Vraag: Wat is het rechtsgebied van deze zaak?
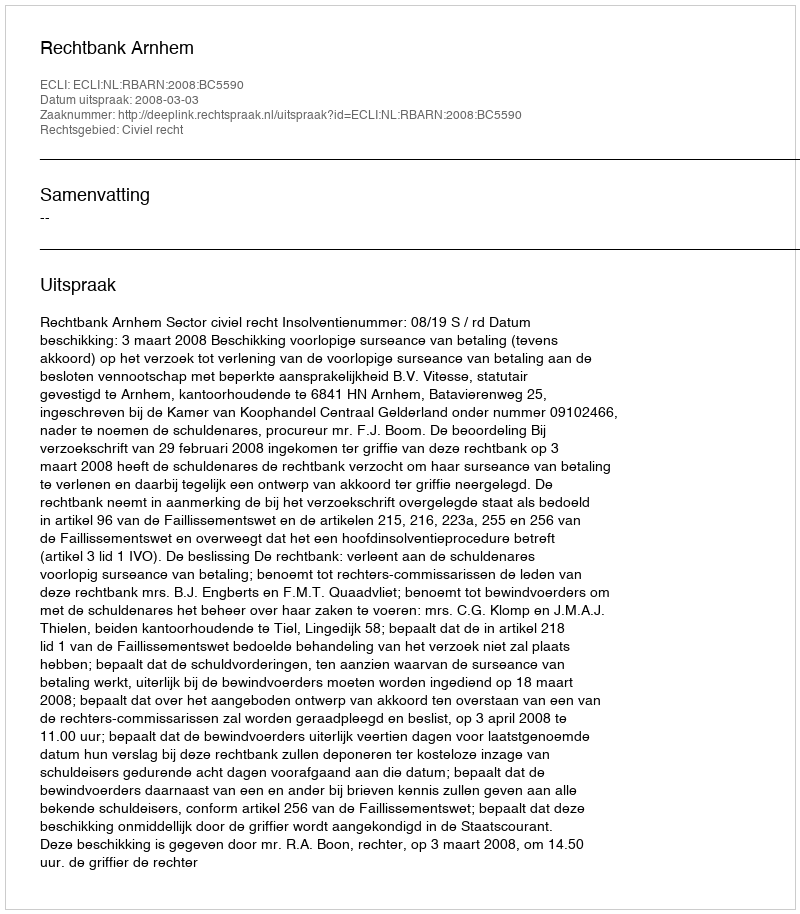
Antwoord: Civiel recht